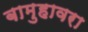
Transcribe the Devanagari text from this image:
बामुहावरा